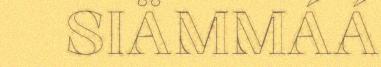
SIÄMMÁÁ